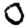
Digit: 0